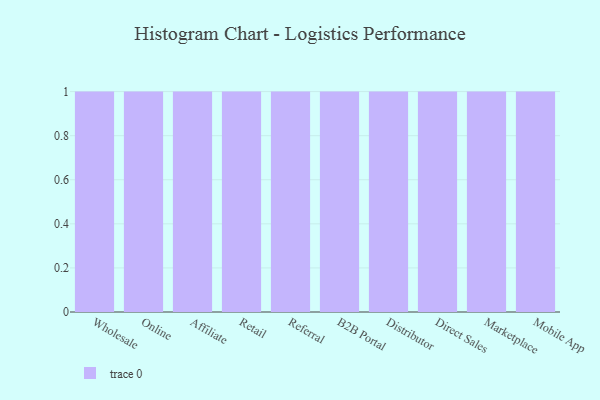
{"axis": {"x": "Channel", "y": "Inventory Turnover"}, "legend": [""], "data": [{"x": "Wholesale", "y": 24, "type": ""}, {"x": "Online", "y": 93, "type": ""}, {"x": "Affiliate", "y": 100, "type": ""}, {"x": "Retail", "y": 95, "type": ""}, {"x": "Referral", "y": 97, "type": ""}, {"x": "B2B Portal", "y": 60, "type": ""}, {"x": "Distributor", "y": 85, "type": ""}, {"x": "Direct Sales", "y": 86, "type": ""}, {"x": "Marketplace", "y": 99, "type": ""}, {"x": "Mobile App", "y": 56, "type": ""}]}